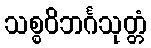
သစ္စဝိဘင်္ဂသုတ္တံ